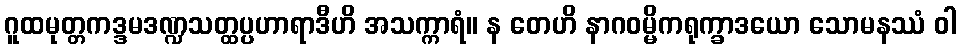
ဂူထမုတ္တကဒ္ဒမဒဏ္ဍသတ္ထပ္ပဟာရာဒီဟိ အသက္ကာရံ။ န တေဟိ နာဂဝမ္မိကရုက္ခာဒယော သောမနဿံ ဝါ